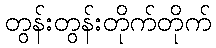
တွန်းတွန်းတိုက်တိုက်